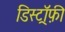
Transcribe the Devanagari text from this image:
डिस्ट्रॉफ़ी